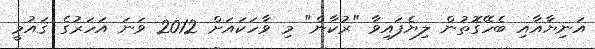
އަނިޔާއާއި ބެހޭގޮތުން ލިޔެފައިވާ "ރުކާން" މި ވާހަކައަށް 2012 ވަނަ އަހަރުގެ ޤައުމީ